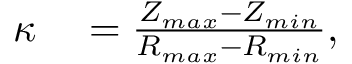
\begin{array} { r l } { \kappa } & { { } = \frac { Z _ { m a x } - Z _ { m i n } } { R _ { m a x } - R _ { m i n } } , } \end{array}